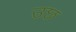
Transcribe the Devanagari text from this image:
उछ